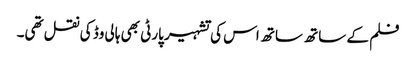
فلم کے ساتھ ساتھ اس کی تشہیر پارٹی بھی ہالی وڈ کی نقل تھی۔